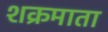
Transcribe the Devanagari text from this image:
शक्रमाता